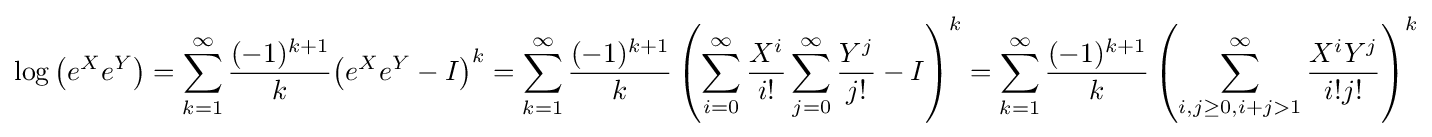
\log \left(e^{X}e^{Y}\right)=\sum _{k=1}^{\infty }{\frac {(-1)^{k+1}}{k}}{\left(e^{X}e^{Y}-I\right)}^{k}=\sum _{k=1}^{\infty }{\frac {(-1)^{k+1}}{k}}\left({\sum _{i=0}^{\infty }{\frac {X^{i}}{i!}}\sum _{j=0}^{\infty }{\frac {Y^{j}}{j!}}-I}\right)^{k}=\sum _{k=1}^{\infty }{\frac {(-1)^{k+1}}{k}}\left(\sum _{i,j\geq 0,i+j>1}^{\infty }{\frac {X^{i}Y^{j}}{i!j!}}\right)^{k}